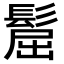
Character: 𩭪